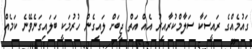
ގައުމެއްގެ ރައީސަކާ ސަލާމްކުރާއިރު އެއް އަތް ޖީބަށް ލައިގެން ހުރުމަކީ ބަލައިގަނެވޭނެ ކަމެއް